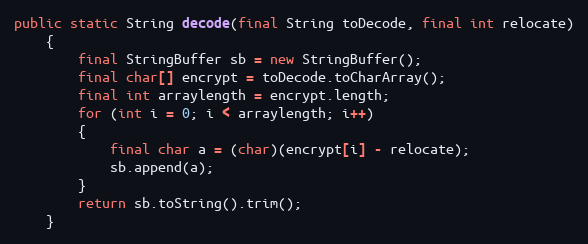
Language: Java
public static String decode(final String toDecode, final int relocate)
	{
		final StringBuffer sb = new StringBuffer();
		final char[] encrypt = toDecode.toCharArray();
		final int arraylength = encrypt.length;
		for (int i = 0; i < arraylength; i++)
		{
			final char a = (char)(encrypt[i] - relocate);
			sb.append(a);
		}
		return sb.toString().trim();
	}